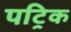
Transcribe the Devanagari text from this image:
पट्रिक